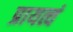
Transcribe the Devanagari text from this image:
प्रायत्वं